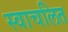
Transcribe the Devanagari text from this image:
स्वाचलित